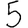
Digit: 5